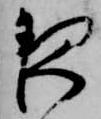
夜